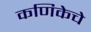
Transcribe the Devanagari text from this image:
कणिकेचे